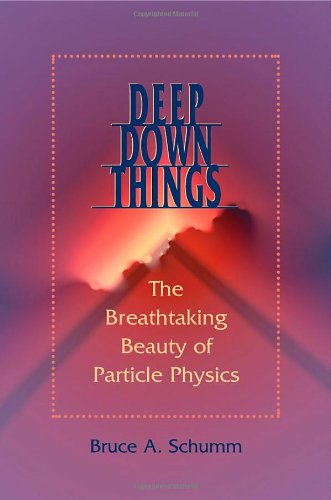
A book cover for Deep Down Things: The Breathtaking Beauty of Particle Physics; Bruce A. Schumm; Science & Math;